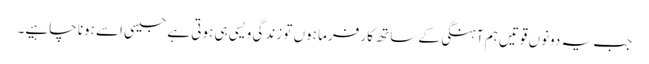
جب یہ دونوں قوتیں ہم آہنگی کے ساتھ کار فرما ہوں تو زندگی ویسی ہی ہوتی ہے جیسی اسے ہونا چاہیے۔